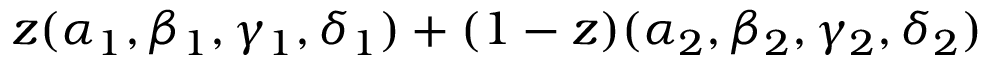
z ( \alpha _ { 1 } , \beta _ { 1 } , \gamma _ { 1 } , \delta _ { 1 } ) + ( 1 - z ) ( \alpha _ { 2 } , \beta _ { 2 } , \gamma _ { 2 } , \delta _ { 2 } )